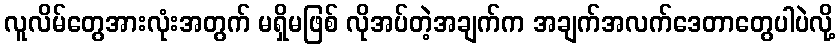
လူလိမ်တွေအားလုံးအတွက် မရှိမဖြစ် လိုအပ်တဲ့အချက်က အချက်အလက်ဒေတာတွေပါပဲလို့